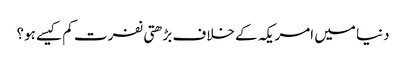
دنیا میں امریکہ کے خلاف بڑھتی نفرت کم کیسے ہو؟